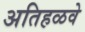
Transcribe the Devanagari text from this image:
अतिहळवे